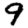
Digit: 9